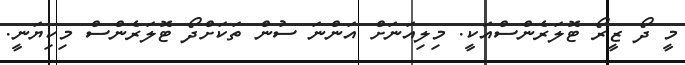
މީ ދޯ ޒީރޯ ޓޮލަރެންސްއަކީ. މިލިއަނަށް އަންނަ ސުން ތަކަށްދޯ ޓޮލަރެންސް މިކިޔަނީ.